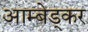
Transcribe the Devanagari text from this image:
आम्बेड्कर